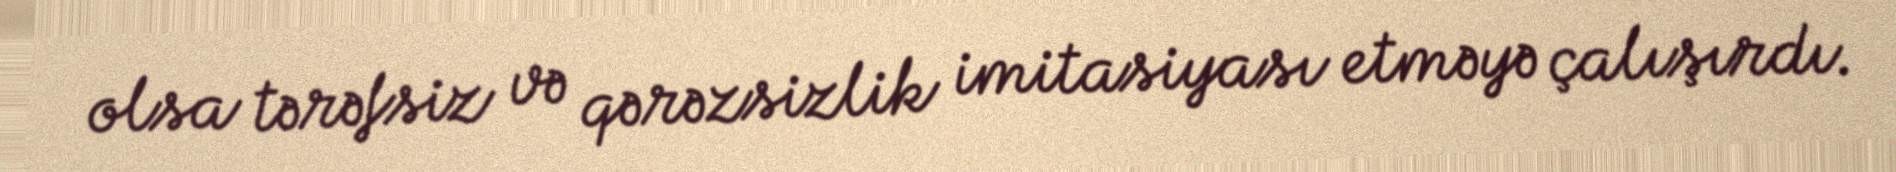
olsa tərəfsiz və qərəzsizlik imitasiyası etməyə çalışırdı.